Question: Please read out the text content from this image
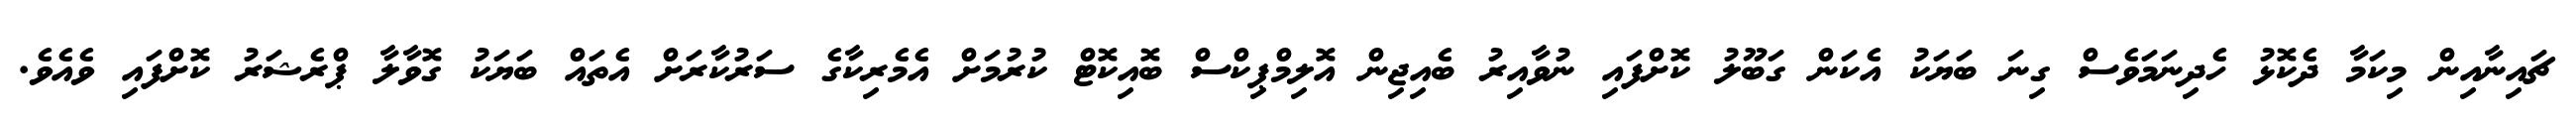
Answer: ޗައިނާއިން މިކަމާ ދެކޮޅު ހެދިނަމަވެސް ގިނަ ބަޔަކު އެކަން ގަބޫލު ކޮށްފައި ނުވާއިރު ބެއިޖިން އޮލިމްޕިކްސް ބޮއިކޮޓް ކުރުމަށް އެމެރިކާގެ ސަރުކާރަށް އެތައް ބަޔަކު ގޮވާލާ ޕްރެޝަރު ކޮށްފައި ވެއެވެ.